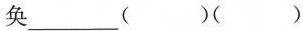
奂___（）（）